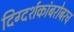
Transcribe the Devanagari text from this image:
दिग्दर्शकांबरोबरच